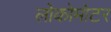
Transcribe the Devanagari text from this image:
लोकोमोटर